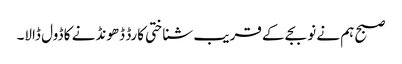
صبح ہم نے نو بجے کے قریب شناختی کارڈ ڈھونڈنے کا ڈول ڈالا۔